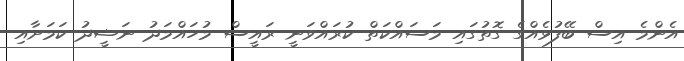
އެންމެ އިސް ބޭފުޅެއްގެ ގޮތުގައި މަސައްކަތް ކުރައްވަނީ ރައީސް މުހައްމަދު ނަޝީދު ކަމަށާއި